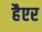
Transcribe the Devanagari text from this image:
हैएर